Vaccination in Burma 1920-1933 - 1920-1933
Year: 1920
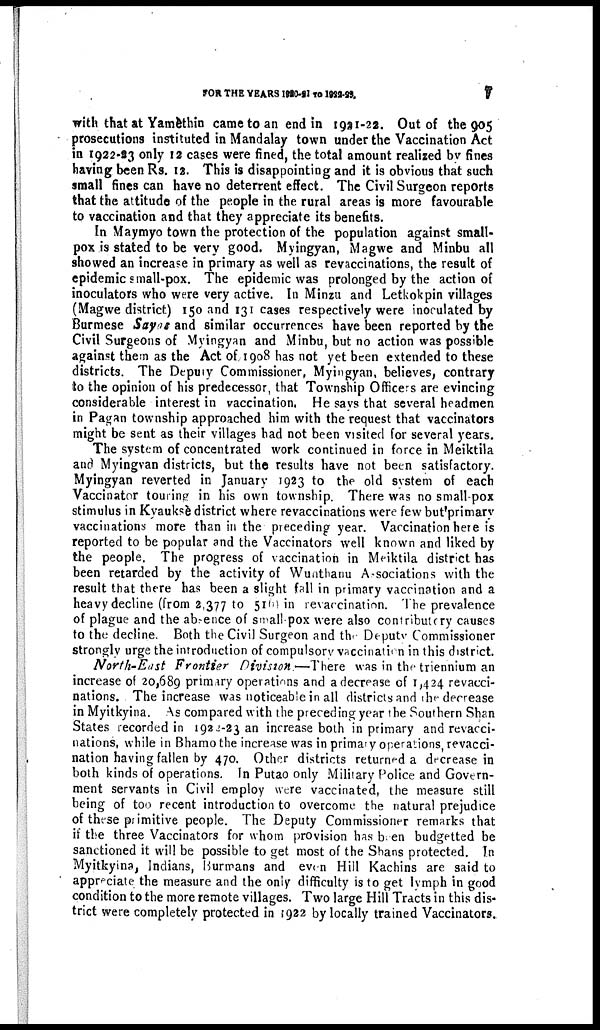
FOR THE YEARS 1920-21 TO 1922-23.
7
with that at Yamèthin came to an end in 1921-22. Out of the 905
prosecutions instituted in Mandalay town under the Vaccination Act
in 1922-23 only 12 cases were fined, the total amount realized by fines
having been Rs. 12. This is disappointing and it is obvious that such
small fines can have no deterrent effect. The Civil Surgeon reports
that the attitude of the people in the rural areas is more favourable
to vaccination and that they appreciate its benefits.
In Maymyo town the protection of the population against small-
pox is stated to be very good. Myingyan, Magwe and Minbu all
showed an increase in primary as well as revaccinations, the result of
epidemic small-pox. The epidemic was prolonged by the action of
inoculators who were very active. In Minzu and Letkokpin villages
(Magwe district) 150 and 131 cases respectively were inoculated by
Burmese Sayas and similar occurrences have been reported by the
Civil Surgeons of Myingyan and Minbu, but no action was possible
against them as the Act of 1908 has not yet been extended to these
districts. The Deputy Commissioner, Myingyan, believes, contrary
to the opinion of his predecessor, that Township Officers are evincing
considerable interest in vaccination. He says that several headmen
in Pagan township approached him with the request that vaccinators
might be sent as their villages had not been visited for several years.
The system of concentrated work continued in force in Meiktila
and Myingvan districts, but the results have not been satisfactory.
Myingyan reverted in January 1923 to the old system of each
Vaccinator touring in his own township. There was no small-pox
stimulus in Kyauksè district where revaccinations were few but primary
vaccinations more than in the preceding year. Vaccination here is
reported to be popular and the Vaccinators well known and liked by
the people. The progress of vaccination in Meiktila district has
been retarded by the activity of Wunthanu Associations with the
result that there has been a slight fall in primary vaccination and a
heavy decline (from 2,377 to 516) in revaccination. The prevalence
of plague and the absence of small-pox were also contributory causes
to the decline. Both the Civil Surgeon and the Deputy Commissioner
strongly urge the introduction of compulsory vaccination in this district.
North-East Frontier Division —There was in the triennium an
increase of 20,689 primary operations and a decrease of 1,424 revacci-
nations. The increase was noticeable in all districts and the decrease
in Myitkyina. As compared with the preceding year the Southern Shan
States recorded in 1922-23 an increase both in primary and revacci-
nations, while in Bhamo the increase was in primary operations, revacci-
nation having fallen by 470. Other districts returned a decrease in
both kinds of operations. In Putao only Military Police and Govern-
ment servants in Civil employ were vaccinated, the measure still
being of too recent introduction to overcome the natural prejudice
of these primitive people. The Deputy Commissioner remarks that
if the three Vaccinators for whom provision has been budgetted be
sanctioned it will be possible to get most of the Shans protected. In
Myitkyina, Indians, Burmans and even Hill Kachins are said to
appreciate the measure and the only difficulty is to get lymph in good
condition to the more remote villages. Two large Hill Tracts in this dis-
trict were completely protected in 1922 by locally trained Vaccinators.